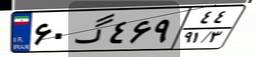
۶۰گ۴۶۹۴۴